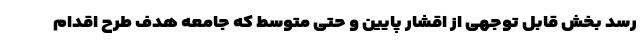
رسد بخش قابل توجهی از اقشار پایین و حتی متوسط که جامعه هدف طرح اقدام